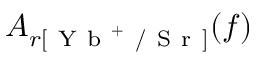
A _ { r [ \mathrm { ~ Y ~ b ~ } ^ { + } \mathrm { ~ / ~ S ~ r ~ } ] } ( f )